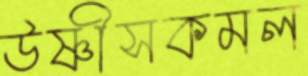
উষ্ণীসকমল